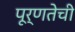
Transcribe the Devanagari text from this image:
पूर्णतेची